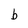
Character: b